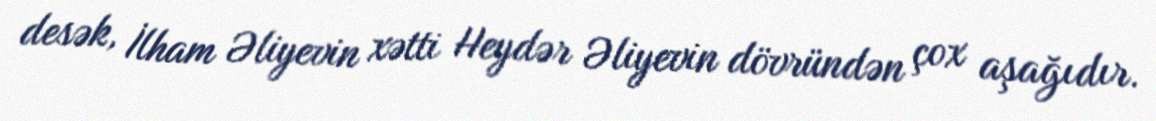
desək, İlham Əliyevin xətti Heydər Əliyevin dövründən çox aşağıdır.